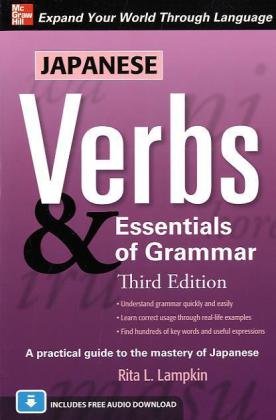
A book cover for Japanese Verbs & Essentials of Grammar, Third Edition; Rita Lampkin; Travel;